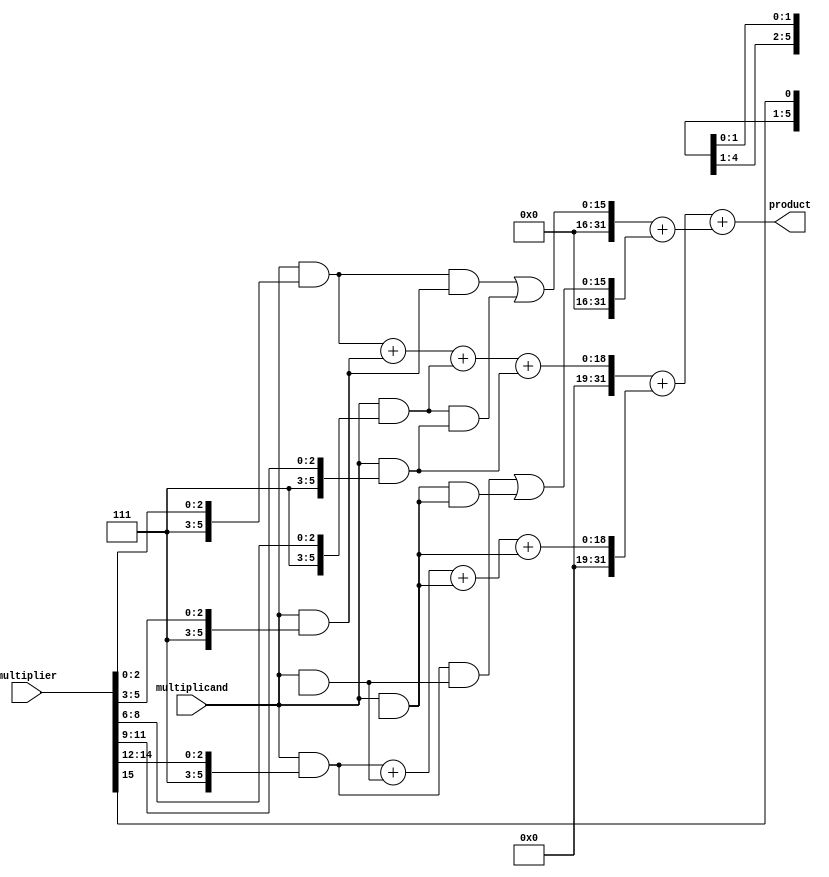
module radix8_wallace_multiplier (
    input [15:0] multiplicand, // 16-bit multiplicand
    input [15:0] multiplier,    // 16-bit multiplier
    output reg [31:0] product   // 32-bit product
);

    // Partial product generation
    wire [15:0] pp[0:7]; // Partial products for Radix-8 (8 groups)
    
    genvar i, j;
    generate
        for (i = 0; i < 8; i = i + 1) begin : pp_gen
            assign pp[i] = multiplicand & {3'b111, multiplier[3*i +: 3]};
        end
    endgenerate

    // Wallace tree reduction
    wire [31:0] sum[0:7]; // Sums at each stage
    wire [31:0] carry[0:7]; // Carries at each stage

    // Initial stage: sum the partial products
    assign sum[0] = pp[0] + pp[1] + pp[2] + pp[3];
    assign carry[0] = (pp[0] & pp[1]) | (pp[2] & pp[3]);

    assign sum[1] = pp[4] + pp[5] + pp[6] + pp[7];
    assign carry[1] = (pp[4] & pp[5]) | (pp[6] & pp[7]);

    // Second stage: combine the sums and carries
    wire [31:0] final_sum;
    wire [31:0] final_carry;

    assign final_sum = sum[0] + sum[1];
    assign final_carry = carry[0] + carry[1];

    // Final product calculation
    always @(*) begin
        product = final_sum + final_carry;
    end

endmodule